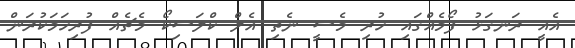
އެއީ ރަނގަޅު ފޯމެއްގައި ހުރި މެސީ ނެތި އެލް ކްލަސިކޯ މެޗެއް ފުރިހަމަކުރަން